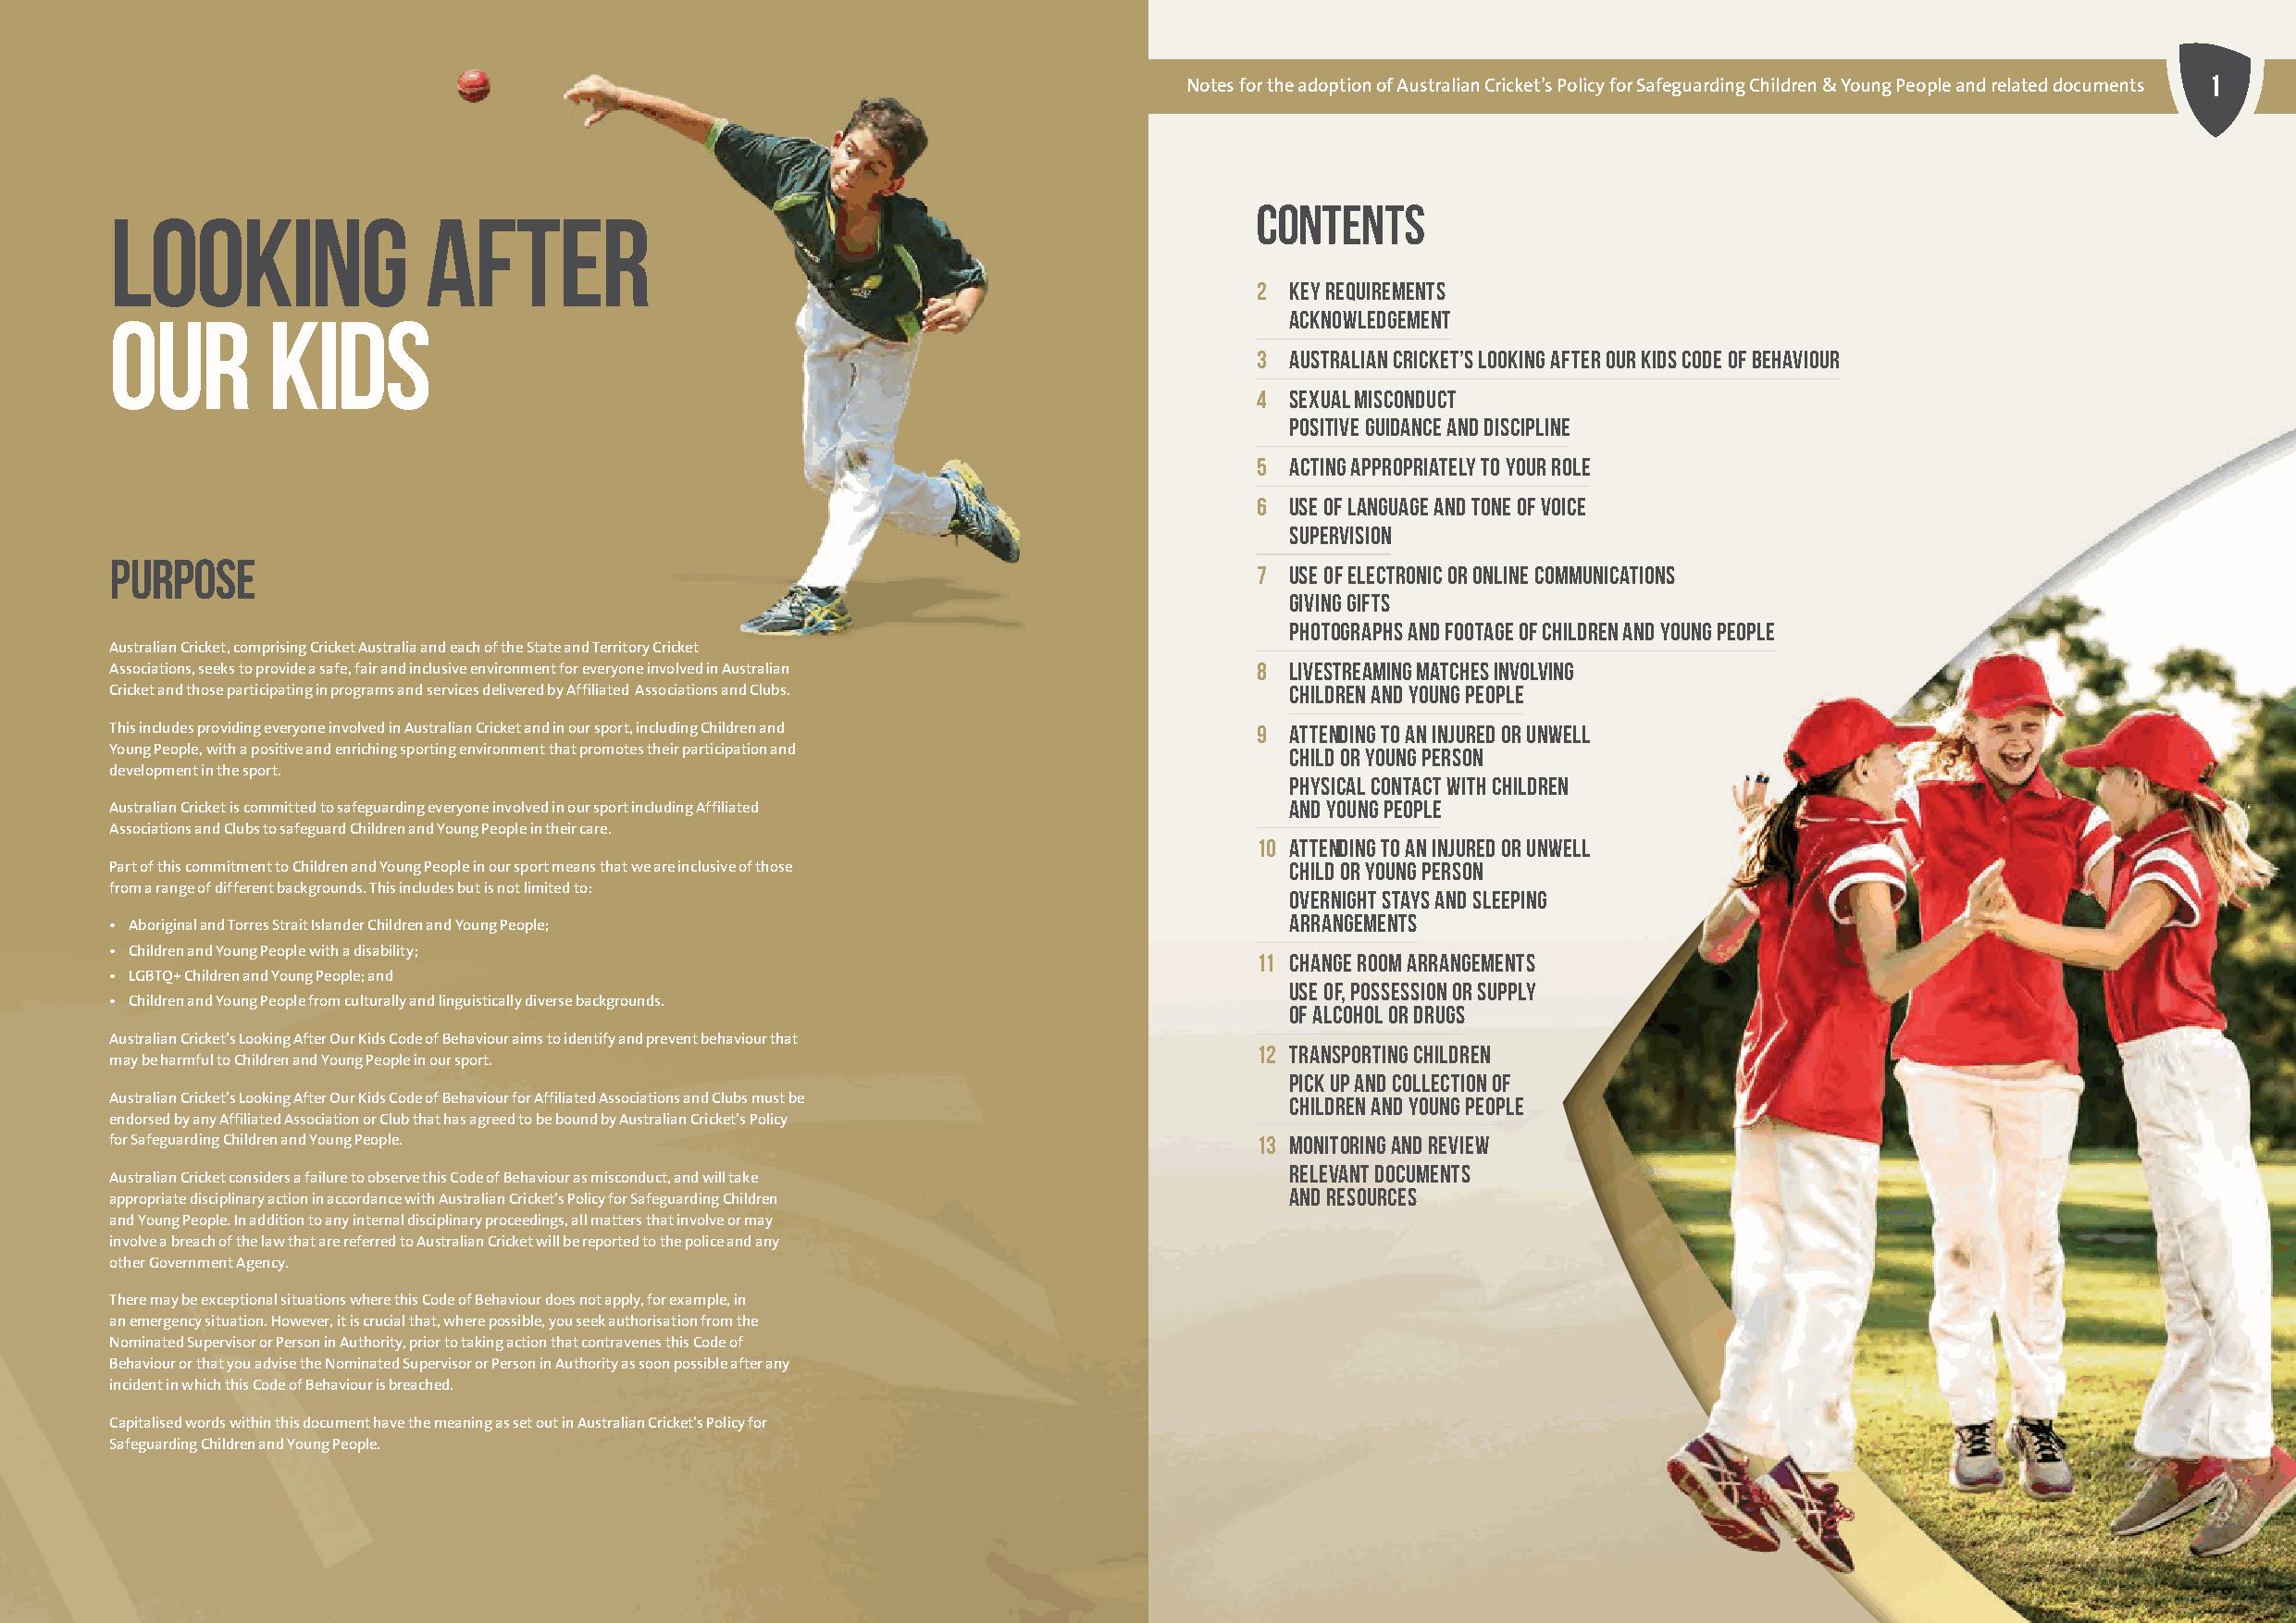
11
 NNootteess ffoorr tthhee aaddooppttiioonn ooff AAuussttrraalliiaann CCrriicckkeett’’ss PPoolliiccyy ffoorr SSaaffeegguuaarrddiinngg CChhiillddrreenn && YYoouunngg PPeeooppllee aanndd rreellaatteedd ddooccuummeennttss
 contents
 Looking               After
 2 Key Requirements
 OUR        KIDS                                                                     AcknowledgEment
 3 Australian Cricket’s Looking After Our Kids Code of Behaviour
 4 Sexual misconduct
 Positive guidance AND discipline
 5 Acting appropriately to your role
 6 Use of language and tone of voice
 Supervision
 Purpose
 7 Use of electronic or online communications
 Giving gifts
 Photographs and footage of Children and Young People
 Australian Cricket, comprising Cricket Australia and each of the State and Territory Cricket
 Associations, seeks to provide a safe, fair and inclusive environment for everyone involved in Australian 8 Livestreaming matches involving
 Cricket and those participating in programs and services delivered by Affiliated Associations and Clubs. Children and Young People
 This includes providing everyone involved in Australian Cricket and in our sport, including Children and 9 Attending to an injured or unwell
 Young People, with a positive and enriching sporting environment that promotes their participation and Child or Young Person
 development in the sport.
 Physical contact with Children
 Australian Cricket is committed to safeguarding everyone involved in our sport including Affiliated and Young People
 Associations and Clubs to safeguard Children and Young People in their care.
 10 Attending to an injured or unwell
 Part of this commitment to Children and Young People in our sport means that we are inclusive of those Child or Young Person
 from a range of different backgrounds. This includes but is not limited to:
 Overnight stays and sleeping
 arrangements
 • Aboriginal and Torres Strait Islander Children and Young People;
 • Children and Young People with a disability;
 11 Change room arrangements
 • LGBTQ+ Children and Young People; and
 Use of, possession or supply
 • Children and Young People from culturally and linguistically diverse backgrounds.
 of alcohol or drugs
 Australian Cricket’s Looking After Our Kids Code of Behaviour aims to identify and prevent behaviour that
 12 Transporting children
 may be harmful to Children and Young People in our sport.
 Pick up and Collection of
 Australian Cricket’s Looking After Our Kids Code of Behaviour for Affiliated Associations and Clubs must be Children and Young People
 endorsed by any Affiliated Association or Club that has agreed to be bound by Australian Cricket’s Policy
 for Safeguarding Children and Young People.                                       13 Monitoring and Review
 Relevant Documents
 Australian Cricket considers a failure to observe this Code of Behaviour as misconduct, and will take
 AND Resources
 appropriate disciplinary action in accordance with Australian Cricket’s Policy for Safeguarding Children
 and Young People. In addition to any internal disciplinary proceedings, all matters that involve or may
 involve a breach of the law that are referred to Australian Cricket will be reported to the police and any
 other Government Agency.
 There may be exceptional situations where this Code of Behaviour does not apply, for example, in
 an emergency situation. However, it is crucial that, where possible, you seek authorisation from the
 Nominated Supervisor or Person in Authority, prior to taking action that contravenes this Code of
 Behaviour or that you advise the Nominated Supervisor or Person in Authority as soon possible after any
 incident in which this Code of Behaviour is breached.
 Capitalised words within this document have the meaning as set out in Australian Cricket’s Policy for
 Safeguarding Children and Young People.